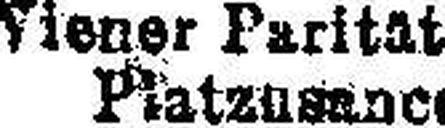
Die Wiener Parität ist ohne Berücksichtigung der Spesen und gemäse den jeweiligen